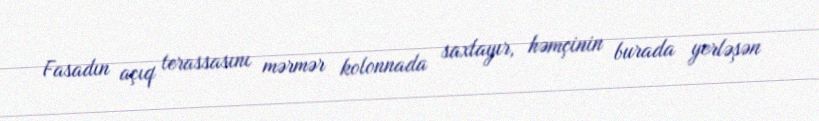
Fasadın açıq terassasını mərmər kolonnada saxlayır, həmçinin burada yerləşən